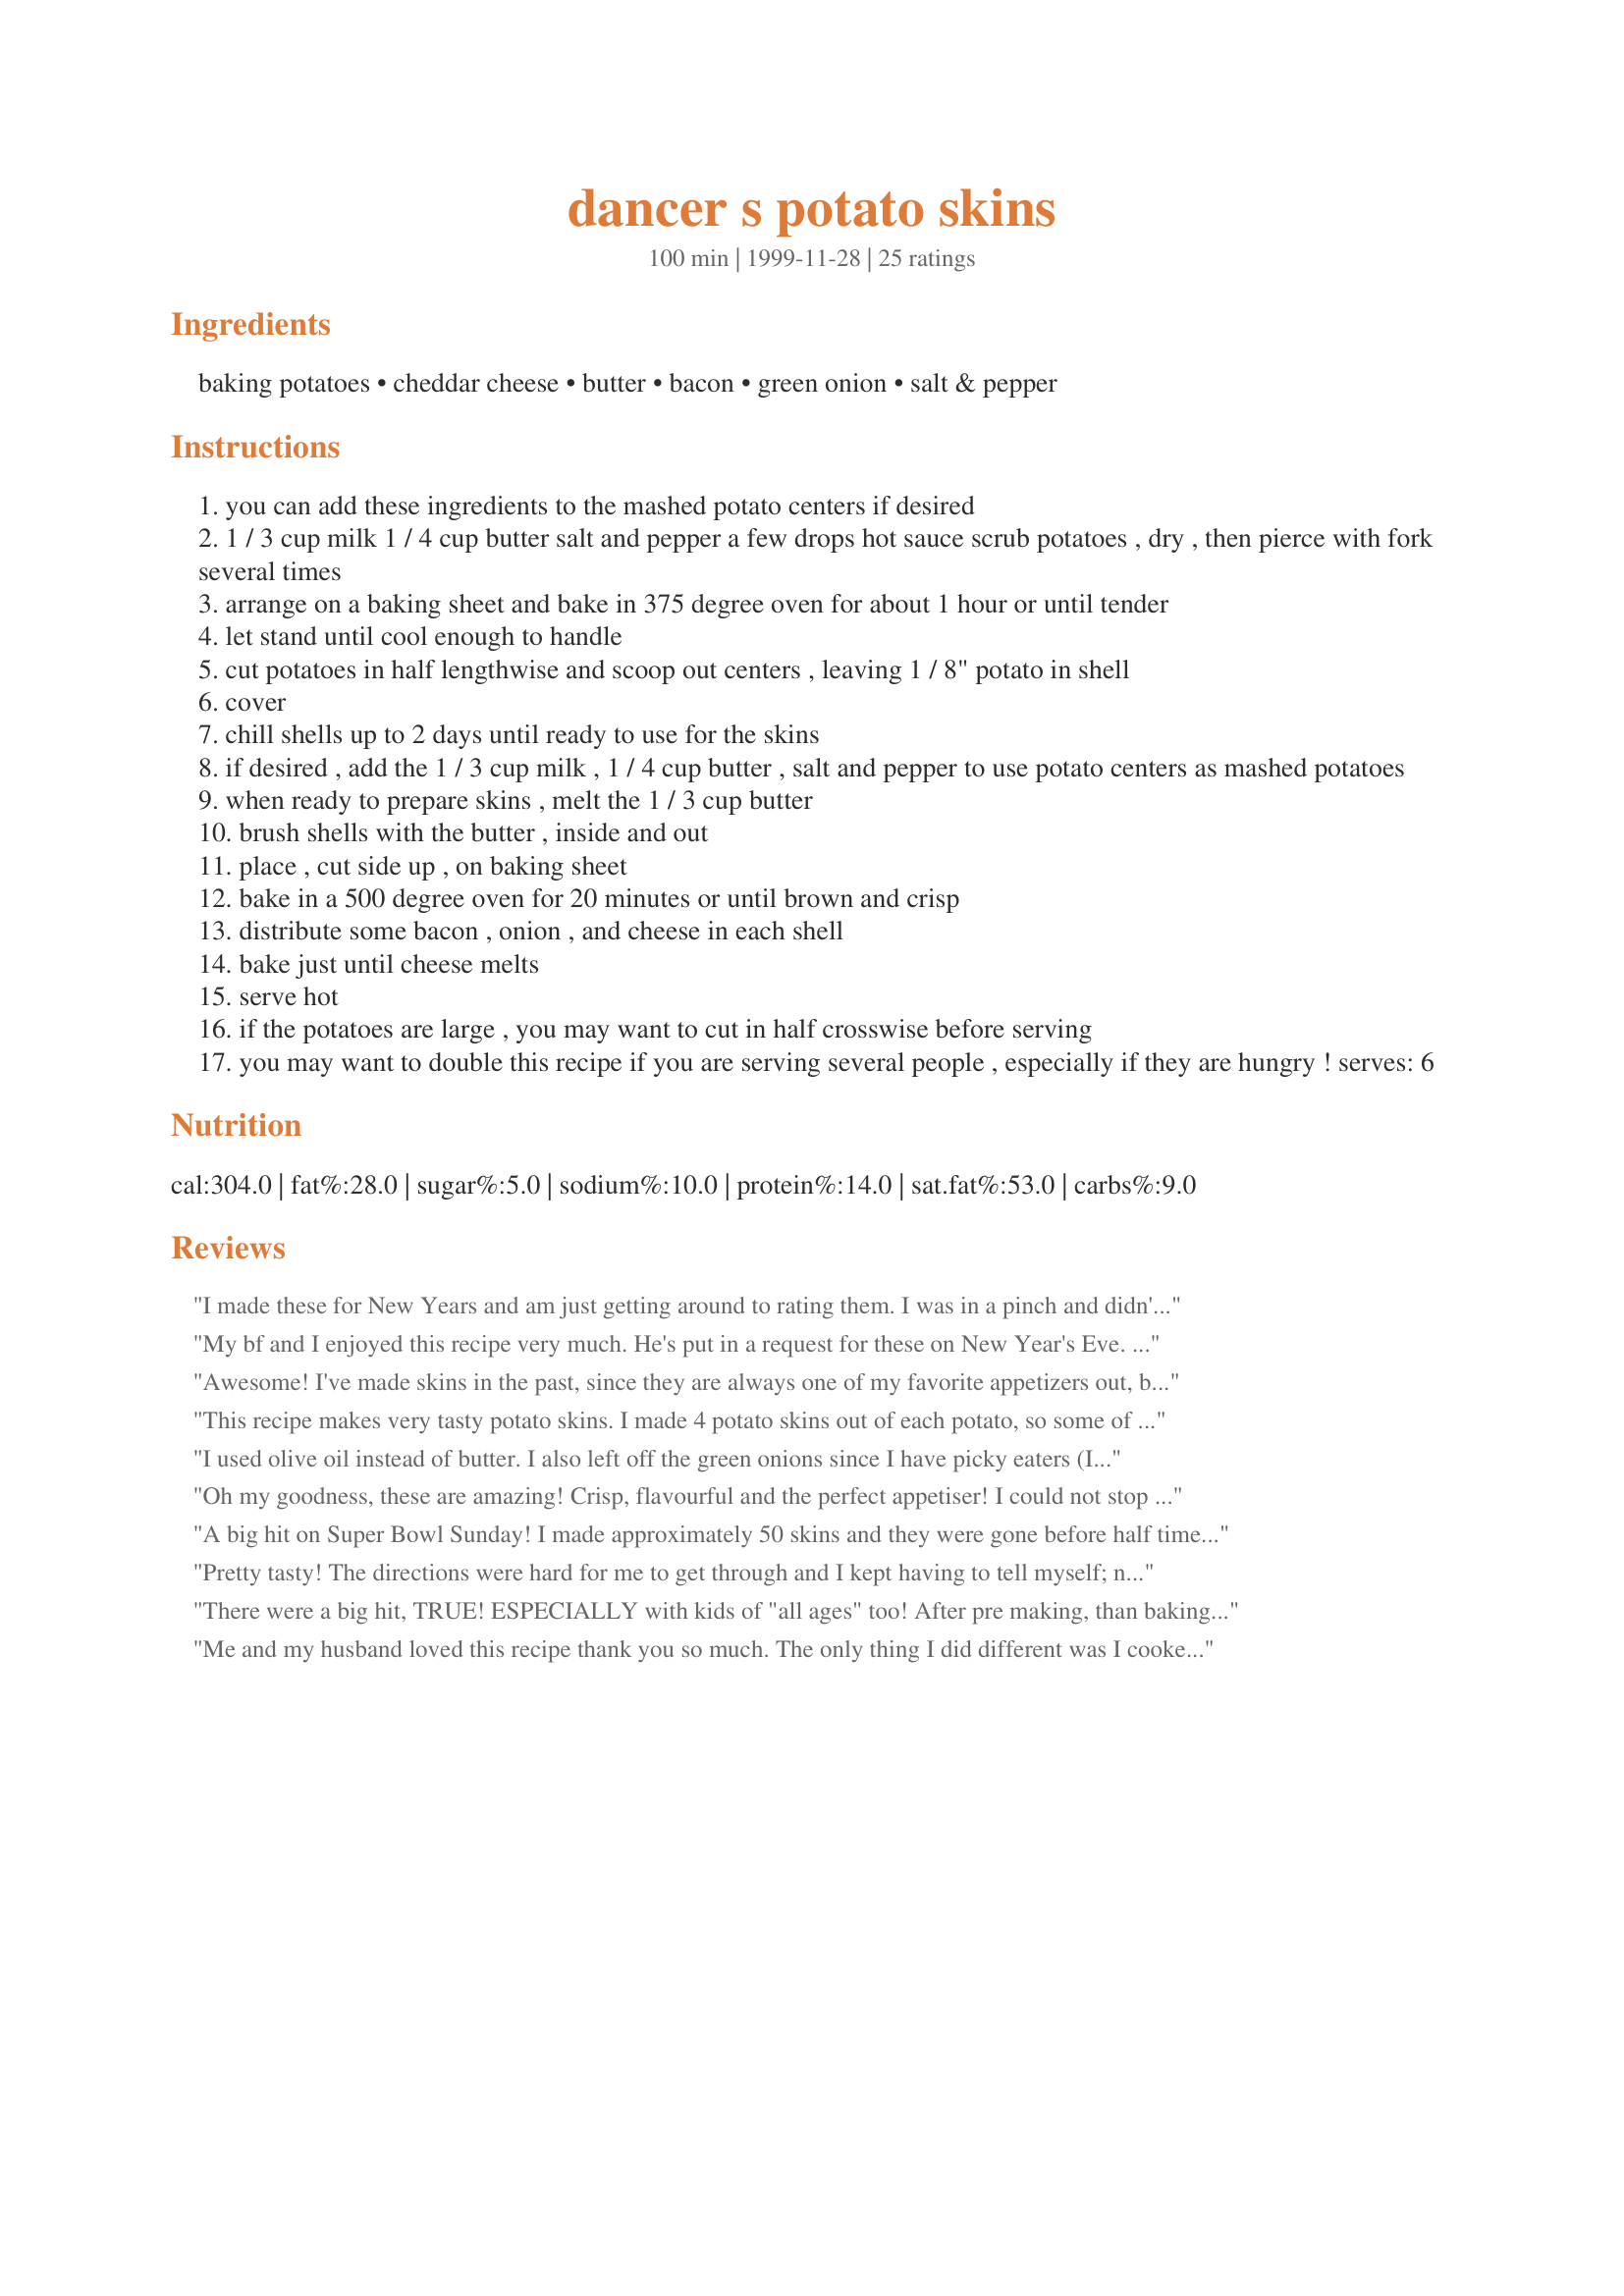
dancer s potato skins
Preparation time: 100 minutes

Ingredients:
baking potatoes, cheddar cheese, butter, bacon, green onion, salt & pepper

Steps:
you can add these ingredients to the mashed potato centers if desired
1 / 3 cup milk 1 / 4 cup butter salt and pepper a few drops hot sauce scrub potatoes , dry , then pierce with fork several times
arrange on a baking sheet and bake in 375 degree oven for about 1 hour or until tender
let stand until cool enough to handle
cut potatoes in half lengthwise and scoop out centers , leaving 1 / 8" potato in shell
cover
chill shells up to 2 days until ready to use for the skins
if desired , add the 1 / 3 cup milk , 1 / 4 cup butter , salt and pepper to use potato centers as mashed potatoes
when ready to prepare skins , melt the 1 / 3 cup butter
brush shells with the butter , inside and out
place , cut side up , on baking sheet
bake in a 500 degree oven for 20 minutes or until brown and crisp
distribute some bacon , onion , and cheese in each shell
bake just until cheese melts
serve hot
if the potatoes are large , you may want to cut in half crosswise before serving
you may want to double this recipe if you are serving several people , especially if they are hungry ! serves: 6

Reviews:
I made these for New Years and am just getting around to rating them. I was in a pinch and didn't chill the shells. It didn't matter they were still awesome.
My bf and I enjoyed this recipe very much. He's put in a request for these on New Year's Eve. 
I sprinkled a little chili powder in the shells before baking them.
A real winner!
Awesome! I've made skins in the past, since they are always one of my favorite appetizers out, but I wasn't getting them right. Made just as directed and they turned out great! Will definitely be making again for parties and just for snacking at home! Thank you for the great recipe!
This recipe makes very tasty potato skins. I made 4 potato skins out of each potato, so some of them were pretty small. I only put butter on the insides of the skins, then put them in the oven, and forgot to set the timer. They did come out pretty dry (my fault completely), but with bacon, cheese and green onions on top, and sour cream added the extra moisture they needed. They were they were all eaten off of the plate before the end of the party.
I used olive oil instead of butter. I also left off the green onions since I have picky eaters (I had them on mine however)
This was very delicious, even if not so healthy!
Oh my goodness, these are amazing! Crisp, flavourful and the perfect appetiser! I could not stop eating these!
A big hit on Super Bowl Sunday! I made approximately 50 skins and they were gone before half time. I really liked the idea of cutting the potato in fourths. Will surely make these again and again. Thanks Dancer!!
Pretty tasty! The directions were hard for me to get through and I kept having to tell myself; no those instructions are for mashed potatoes. I used the microwave to "bake" the potatoes which cut down on my overall time quite a bit. All in all a big hit!
There were a big hit, TRUE!
ESPECIALLY with kids of "all ages" too!
After pre making, than baking, kept them warmed in an entertaining dish!
These were DEFINATELY 
D-E-L-I-S-H!
Me and my husband loved this recipe thank you so much. The only thing I did different was I cooked it like deborah_corsi_11208520. 400&deg; and ten minutes on both sides, bc my family doesn't like things too crunchy and they were wonderful soft, and we love cheese and green onions and bacon of course who doesn't. And the sour cream dollop hmmmm perfect!!!! Thank you dancer for putting this out there. And thank you deborah for teaching me a softer way. Absolutely delicious!!!!
This is a very good recipe! Normally I deep fry and this was my first time baking them. It was a little more work (When deep frying you don't need to brush them with oil :-) but it was very good! note: I subbed EVOO for the butter. I like these better than deep frying, I think...less fat and doesn't stink up the house with the deep-fryer smell! Also: There seems to be a cut-n-paste error at the very beginning of the recipe, simply ignore everything at the beginning and start with the sentence: &quot;Scrub potatoes, dry, then pierce with fork several times.&quot;
Im gonna take this to a potluck, they do have a microwave, any suggestion. It sounds yummy. i can make at home, but party doesnt start till 7pm any suggestions, would be greatly appreciated.
I'm going to try this using mini russet potatoes. Will let you all know the results.
Perfect. I made these for Super Bowl and every one went. I did bake the potatoes the day before. Before serving, I did bake at 400 for 10 minutes skin side up and then another 10 minutes skin side down. Not dry - just perfect. They were a big hit! A winner all around.
These were so good. I baked my potatoes in the oven and let them cool. I had large potatoes so I was able to get 6 wedges cut from each potato. I scrapped out the potatoes and mashed them adding a little salt, pepper, butter, cheddar cheese, crumbled bacon, and diced onions. After they baked I let them cool for a couple of minutes and then garnished with a dollup of sour cream, they were a perfect snack.
Excellent recipe Dancer! Much healthier than deep fried, but all the flavour.
I love potato skins and these are very good. I baked the potatoes ahead of time then making them is very easy. I omitted the butter. We enjoy them as a snack on weekends. Thanks for sharing this recipe. Made for the cheese challenge in the photo forum.
This is a great recipe. Nothing beats home made. I made a batch to serve with a cocktail to a group of friends when we met up at my house to caravan over to a dinner party. It was a perfect little bite of food satisfying but not too filling. I used the reserved insides for baked potato soup the next night.
Mmmmm....These were soooooo good!!! A hit with the whole family. I added a little bit of Three Cheese Ranch Salad dressing to them since we love the flavor and they were GREAT!!! Definately will make these again!!!
Awsome! Made these for the Superbowl, and the boys loved them. Thanks!
These turned out perfect. This is exactly the recipe I was looking for. Some of the recipes for potato skins I found were too elaborate or contained seasonings/spices that I wasn't interested in. My husband loved these!
Thanks Dancer, these were a hit. The guests consumed them fast and furious. We used ranch dip as a topper and sour cream as a topper (two bowls on the side). Delicious plain or topped with either sauce. The butter makes the skins look great. They are best served super warm. I had made them and baked but they shriveled flat when melted so I added more topping and melted again making fluffy high end restaurant skins. Yum. Enjoy. ChefDLH
Excellent! My (very picky) husband loved these!
Love them! I cook the potatoes the first time around in the microwave and then definetly save the insides for mashed potatoes... Works out well for me!
Very tasty, and quite simple to make. Thanks.
